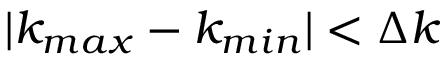
| k _ { m a x } - k _ { m i n } | < \Delta k